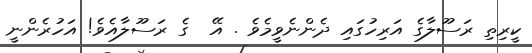
ކީރިތި ރަސޫލާގެ އަރިހުގައި ދެންނެވީމެވެ . އޭ  ގެ ރަސޫލާއެވެ! އަހުރެންނީ